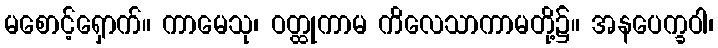
မစောင့်ရှောက်။ ကာမေသု၊ ဝတ္ထုကာမ ကိလေသာကာမတို့၌။ အနပေက္ခဝါ၊